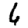
Digit: 6